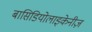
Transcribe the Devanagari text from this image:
बासिडियोलाइकेनीज़